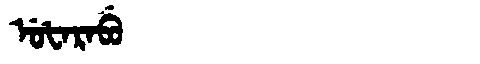
Manchu: ᡠᡶᠠᡵᠠᠪᡠ
Romanization: UFARABU